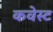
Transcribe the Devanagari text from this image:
कवेस्ट